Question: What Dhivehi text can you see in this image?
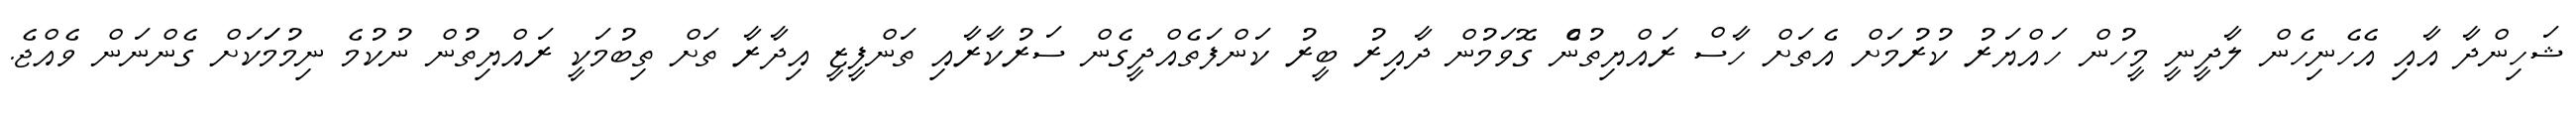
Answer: ޝަހިންދާ އާއި އެހެނިހެން ލާދީނީ މީހުން ހައްޔަރު ކުރުމަށް އެތަށް ހާސް ރައްޔިތުނެް ގޮވަމުން ދާއިރު ބީރު ކަންފަތެއްދީގެން ސަރުކާރާއި ތަންފީޒީ އިދާރާ ތަށް ތިބުމަކީ ރައްޔިތުން ނުކުމެ ނިމުމަަކަށް ގެންނަން ވެއްޖެ.